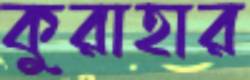
কুরাহার